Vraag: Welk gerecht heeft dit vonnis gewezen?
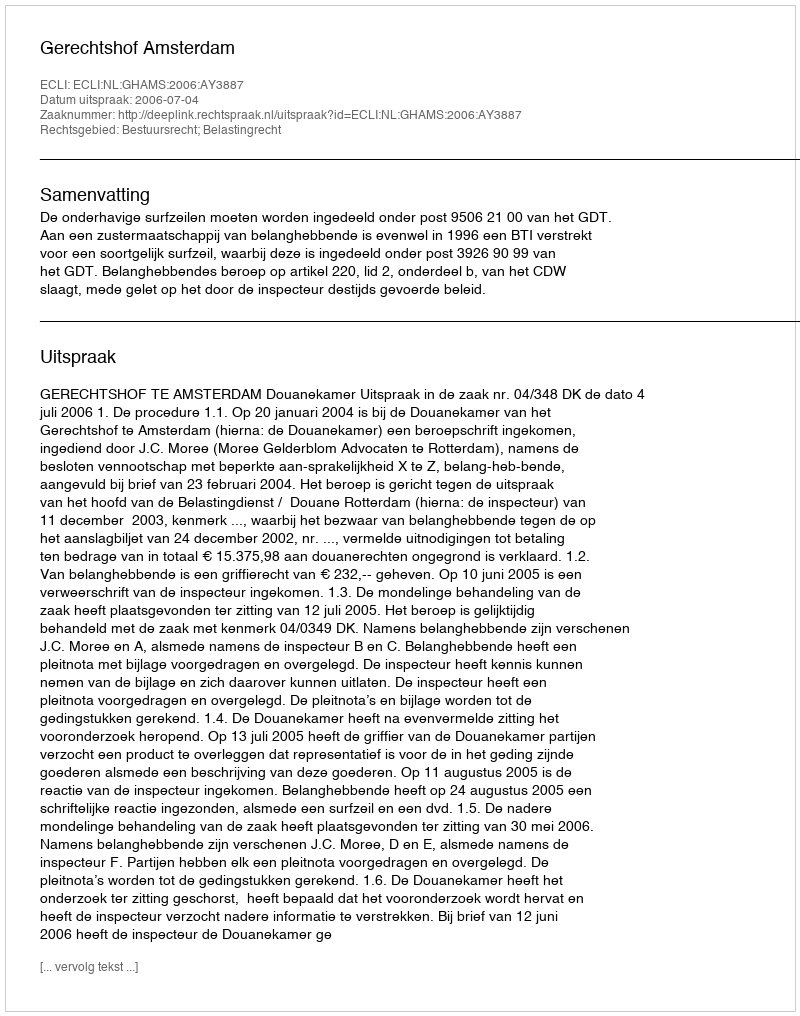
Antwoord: Gerechtshof Amsterdam